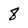
Character: 8